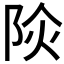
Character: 𨹈